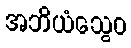
အဘိယံသွေဝ